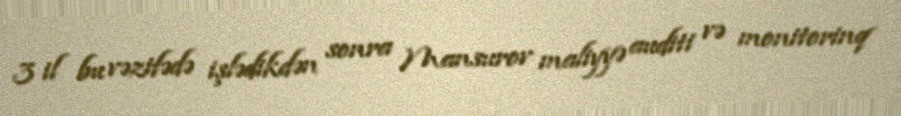
3 il bu vəzifədə işlədikdən sonra Mansurov maliyyə auditi və monitorinq